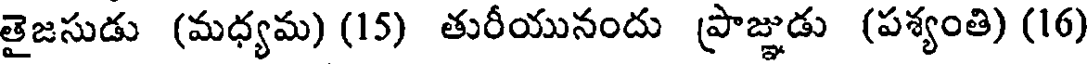
తైజసుడు (మధ్యమ) (15) తురీయునందు ప్రాజ్ఞుడు (పశ్యంతి) (16)